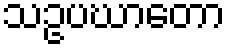
သဥပဃာတော